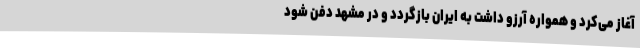
آغاز می‌کرد و همواره آرزو داشت به ایران بازگردد و در مشهد دفن شود